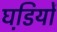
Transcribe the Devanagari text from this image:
घडि़यों